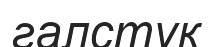
галстук